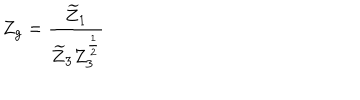
Z _ { g } = \frac { \widetilde { Z } _ { 1 } } { \widetilde { Z } _ { 3 } Z _ { 3 } ^ { \frac 1 2 } }